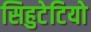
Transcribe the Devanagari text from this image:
सिहुटेटियो